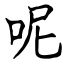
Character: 呢